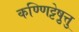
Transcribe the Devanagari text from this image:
कण्णिट्टेषु़त्तु